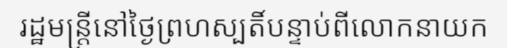
រដ្ឋមន្ត្រីនៅថ្ងៃព្រហស្បតិ៍បន្ទាប់ពីលោកនាយក